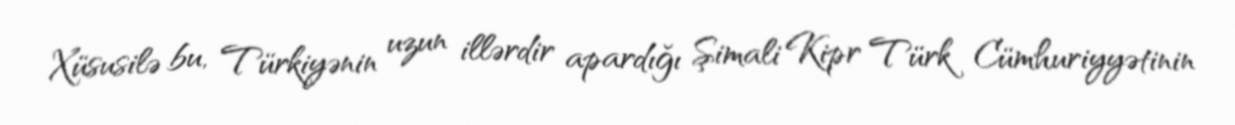
Xüsusilə bu, Türkiyənin uzun illərdir apardığı Şimali Kipr Türk Cümhuriyyətinin